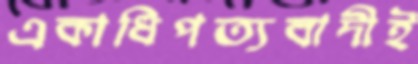
একাধিপত্যবাদীই